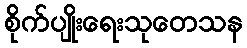
စိုက်ပျိုးရေးသုတေသန